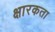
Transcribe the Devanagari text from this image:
क्षारकता